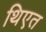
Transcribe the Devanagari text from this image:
थिएत